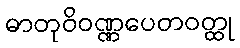
ဓာတုဝိဝဏ္ဏပေတဝတ္ထု